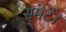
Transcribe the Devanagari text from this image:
समेटें।